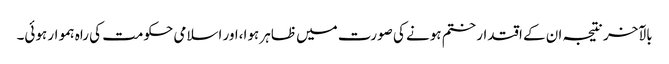
بالآخر نتیجہ ان کے اقتدار ختم ہونے کی صورت میں ظاہر ہوا،اور اسلامی حکومت کی راہ ہموار ہوئی۔